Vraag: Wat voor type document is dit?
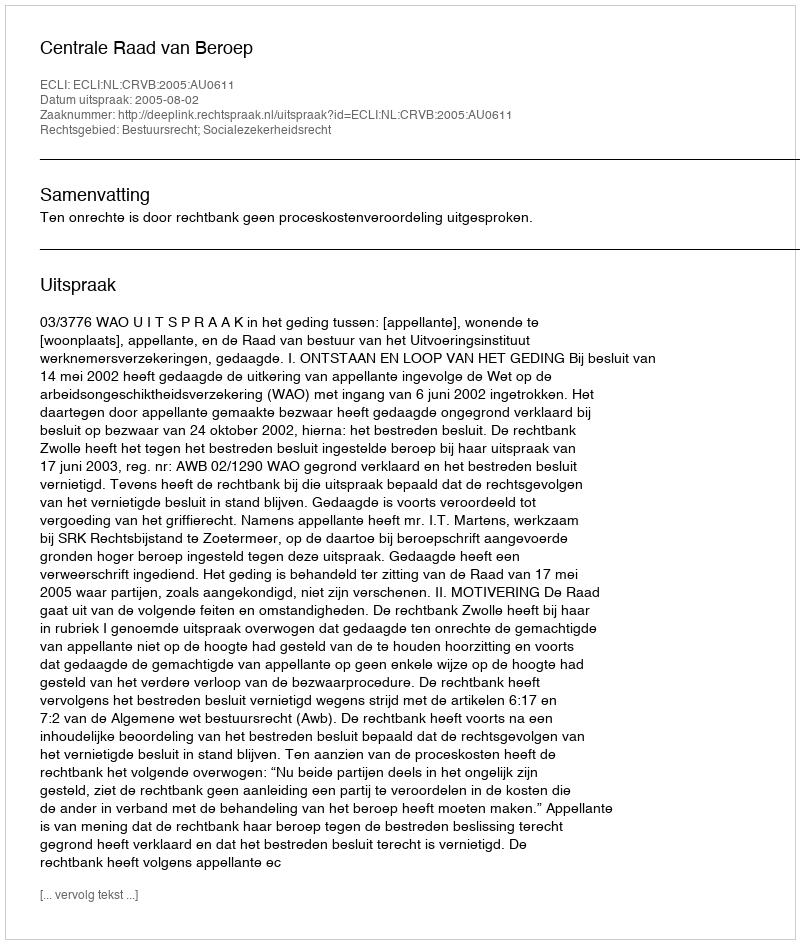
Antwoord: Uitspraak